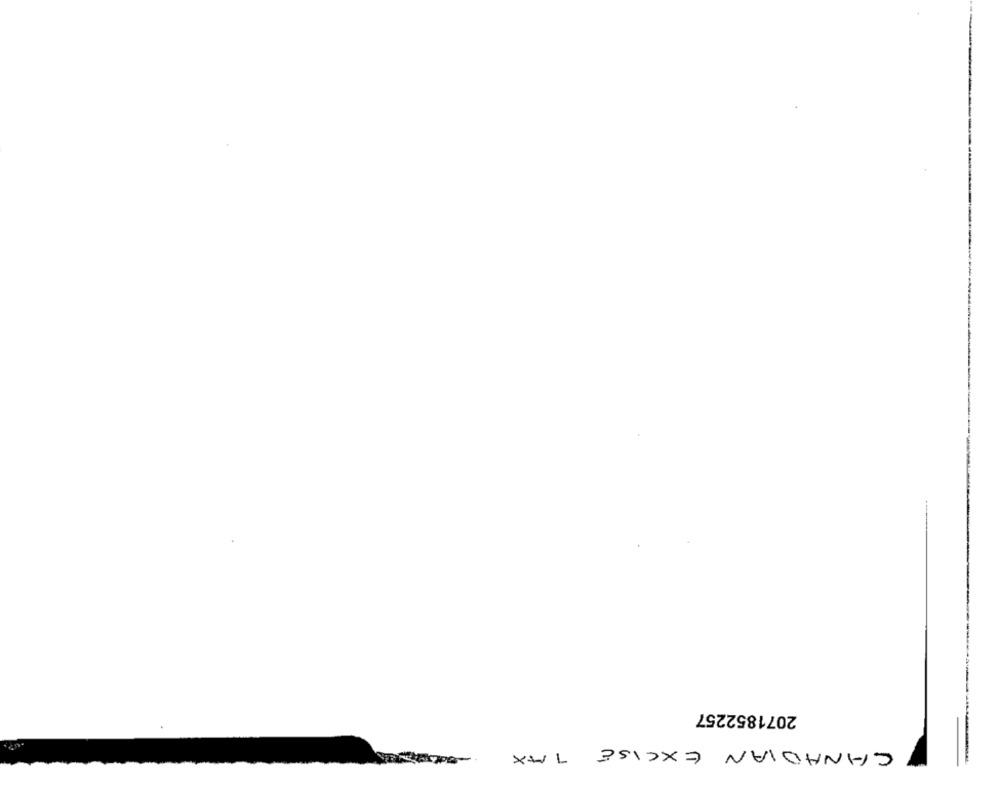
2071852257
CANADIAN EXCISE TAX